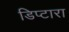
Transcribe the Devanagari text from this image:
डिप्टारा